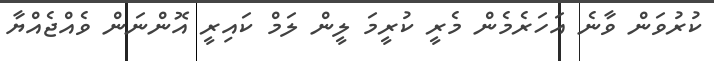
ކުރުވަން ވާނެ އަހަރެމެން މެރީ ކުރީމަ ލީން ލަމް ކައިރީ އޮންނަން ވެއްޖެއްޔާ